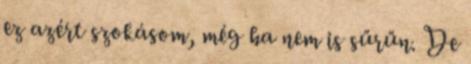
ez azért szokásom, még ha nem is sűrűn. De